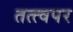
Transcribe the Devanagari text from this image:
तत्त्वपर